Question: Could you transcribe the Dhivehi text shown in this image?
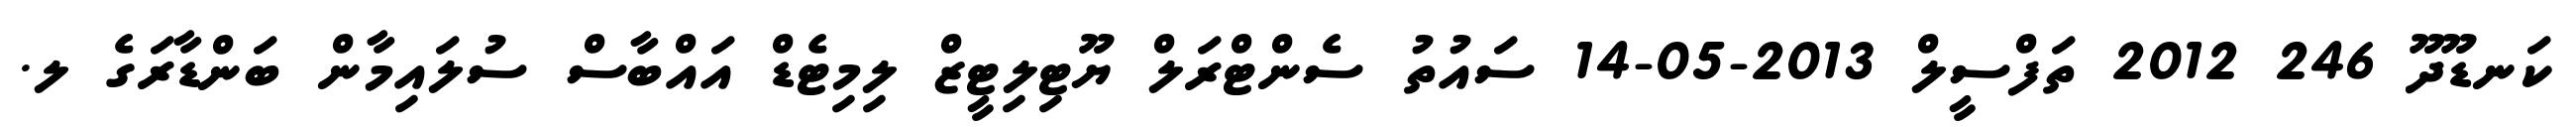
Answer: ކަނޑޫދޫ 246 2012 ތަފްސީލް 2013-05-14 ސައުތު ސެންޓްރަލް ޔޫޓިލިޓީޒް ލިމިޓެޑް އައްބާސް ސުލައިމާން ބަންޑާރަގެ ލ.